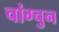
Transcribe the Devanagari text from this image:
चांग्चुन